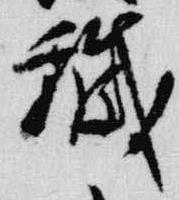
穢